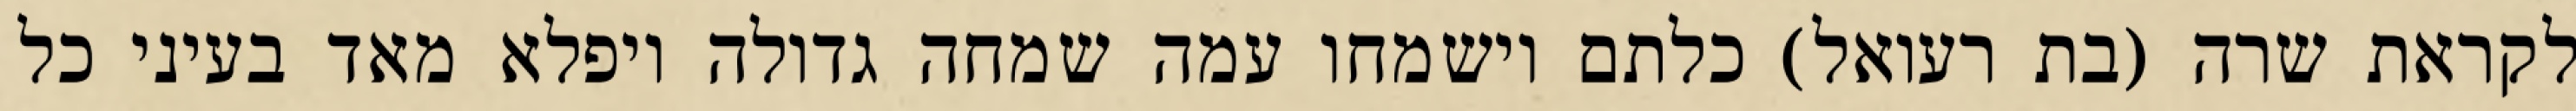
לקראת שרה (בת רעואל) כלתם וישמחו עמה שמחה גדולה ויפלא מאד בעיני כל